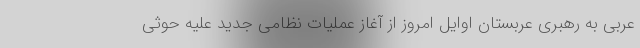
عربی به رهبری عربستان اوایل امروز از آغاز عملیات نظامی جدید علیه حوثی